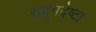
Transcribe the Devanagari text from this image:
सदुपदेष्टा